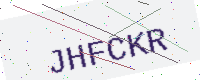
Text: JHFCKR